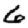
Digit: 6